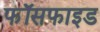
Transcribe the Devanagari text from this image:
फॉसफाइड